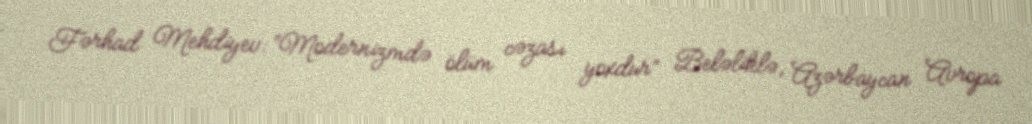
Fərhad Mehdiyev: “Modernizmdə ölüm cəzası yoxdur” Beləliklə, Azərbaycan Avropa